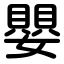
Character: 嬰